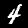
Label: 4